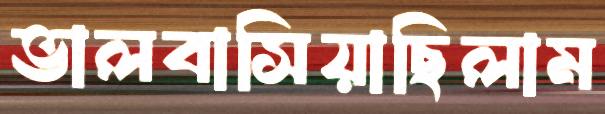
ভালবাসিয়াছিলাম